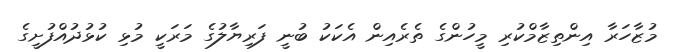
މުޒާހަރާ އިންތިޒާމްކުރި މީހުންގެ ތެރެއިން އެކަކު ބުނީ ފަރިޔާލުގެ މަރަކީ މުޅި ކުޅުދުއްފުށީގެ